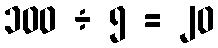
၁၀၀ ÷ ၅ = ၂၀